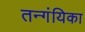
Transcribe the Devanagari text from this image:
तन्गंयिका